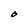
Character: O